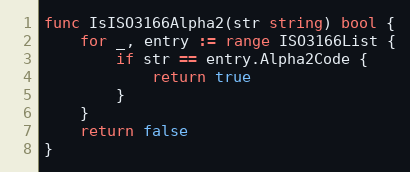
Language: Go
func IsISO3166Alpha2(str string) bool {
	for _, entry := range ISO3166List {
		if str == entry.Alpha2Code {
			return true
		}
	}
	return false
}